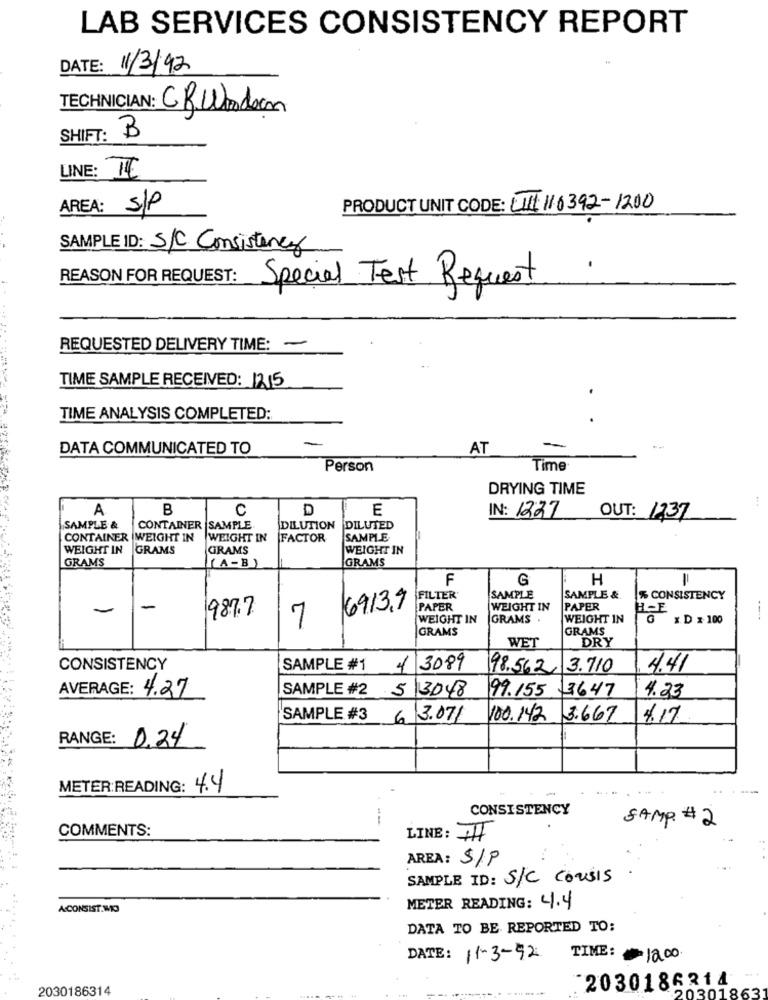
LAB SERVICES CONSISTENCY REPORT
DATE: 11/3/92
TECHNICIAN: CR.Wadson
SHIFT:
B
LINE: ILE
S/P
PRODUCT UNIT CODE: 411116392-1200
AREA :
SAMPLE ID: S/C Consistency
REASON FOR REQUEST:
Special Test Request
.
REQUESTED DELIVERY TIME:
-
TIME SAMPLE RECEIVED: 1215
TIME ANALYSIS COMPLETED:
DATA COMMUNICATED TO
AT
--
Person
Time
DRYING TIME
A
B
C
D
E
IN: 1227
OUT: 1237
SAMPLE &
CONTAINER SAMPLE
DILUTION
DILUTED
CONTAINER WEIGHT IN WEIGHT IN
FACTOR
SAMPLE
WEIGHT IN
GRAMS
GRAMS
WEIGHT IN
GRAMS
[A-B)
GRAMS
F
G
H
11
FILTER
SAMPLE
SAMPLE &
% CONSISTENCY
-
987.7
6913,9
PAPER
WEIGHT IN
PAPER
H-E
7
WEIGHT IN
GRAMS
WEIGHT IN
G x D x 100
GRAMS
GRAMS
WET
DRY
CONSISTENCY
SAMPLE #1
4 3089
98.562 3.710
4.41
AVERAGE: 4.27
SAMPLE #2 5
3048
99.155 3647
4.23
SAMPLE #3 6
13.07/
100.142
3.667
4.17
RANGE: 0,24
METER:READING: 4.4
-
CONSISTENCY
SAMP # 2
COMMENTS:
LINE: +H
AREA: S/P
SAMPLE ID: S/C COUSis
A CONSIST.MIO
METER READING: 4.4
DATA TO BE REPORTED TO:
TIME:
DATE: 11-3-52
12.00.
2030186314
2030186214
20301863